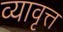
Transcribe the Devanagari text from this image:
व्यावृत्त